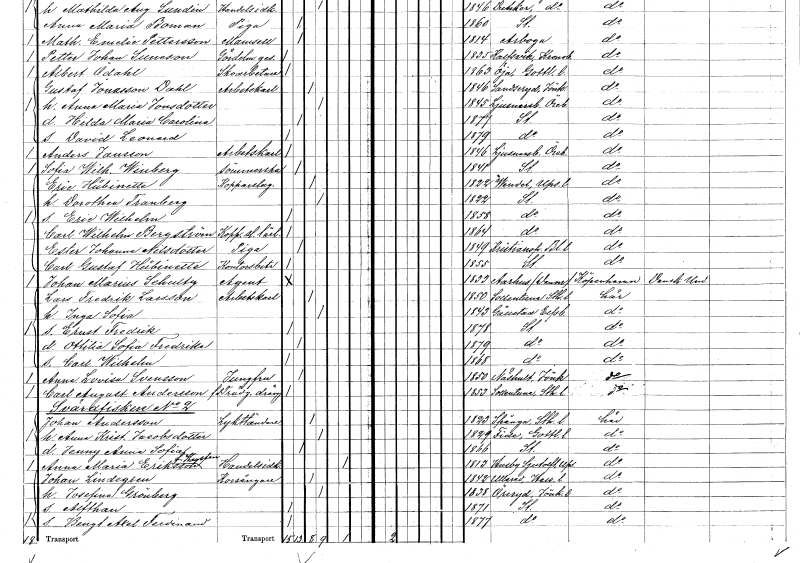
gt_parse: households: individuals: FN: Dorothea
EN: Tranberg
KON: K
CIV: G
FODAR: 1822
FODFORS: Stockholm
FN: Eric Wilhelm
KON: M
CIV: O
FODAR: 1858
FODFORS: Stockholm
FN: Carl Wilhelm
EN: Bergström
YRKE: Kopparslagarelärling
KON: M
CIV: O
FODAR: 1864
FODFORS: Stockholm
FN: Ester Johanna
EN: Nilsdotter
YRKE: Piga
KON: K
CIV: O
FODAR: 1849
FODFORS: Kristianopel Blekinge län
FN: Carl Gustaf
EN: Hübinette
YRKE: Kontorsbiträde
KON: M
CIV: O
FODAR: 1855
FODFORS: Stockholm
FN: Johan Marius
EN: Schultz
YRKE: Agent
KON: M
CIV: O
FODAR: 1833
FN: Lars Fredrik
EN: Larsson
YRKE: Arbetskarl
KON: M
CIV: G
FODAR: 1850
FODFORS: Sollentuna Stockholms län
FN: Inga Sofia
KON: K
CIV: G
FODAR: 1843
FODFORS: Gällstad Älvsborgs län
FN: Ernst Fredrik
KON: M
CIV: O
FODAR: 1878
FODFORS: Stockholm
FN: Ottilia Sofia Fredrika
KON: K
CIV: O
FODAR: 1879
FODFORS: Stockholm
FN: Carl Wilhelm
KON: M
CIV: O
FODAR: 1868
FODFORS: Stockholm
FN: Anna Lovisa
EN: Svensson
YRKE: Jungfru
KON: K
CIV: O
FODAR: 1850
FODFORS: Näshult Jönköpings län
FN: Carl August
EN: Andersson
YRKE: Trädgårdsdräng f.d.
KON: M
CIV: O
FODAR: 1853
FODFORS: Sollentuna Stockholms län
FN: Johan
EN: Andersson
YRKE: Lykttändare
KON: M
CIV: G
FODAR: 1823
FODFORS: Spånga Stockholms län
FN: Anna Kristina
EN: Jacobsdotter
KON: K
CIV: G
FODAR: 1829
FODFORS: Fide Gotlands län
FN: Jenny Anna Sofia
KON: K
CIV: O
FODAR: 1866
FODFORS: Stockholm
FN: Anna Maria
EN: Eriksson Hagsten
YRKE: Handelsidkare
KON: K
CIV: E
FODAR: 1813
FODFORS: Husby-Sjutolft Uppsala län
FN: Johan
EN: Lindegren
YRKE: Korsångare
KON: M
CIV: G
FODAR: 1842
FODFORS: Ullared Hallands län
FN: Josefina
EN: Grönberg
KON: K
CIV: G
FODAR: 1838
FODFORS: Öreryd Jönköpings län
FN: Alfthan
KON: M
CIV: O
FODAR: 1871
FODFORS: Stockholm
FN: Bengt Axel Ferdinand
KON: M
CIV: O
FODAR: 1877
FODFORS: Stockholm